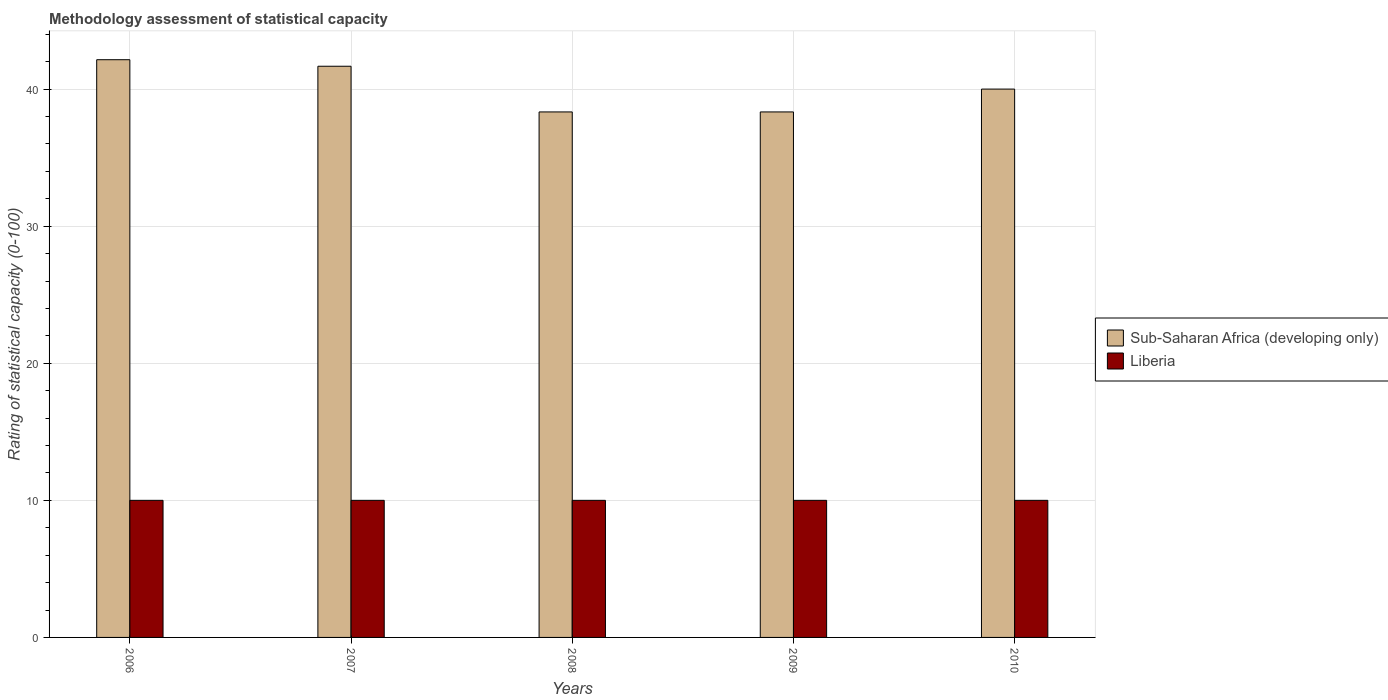
| Years | Sub-Saharan Africa (developing only) | Liberia |
 | --- | --- | --- |
 | 2006 | 42.1 | 10 |
 | 2007 | 41.7 | 10 |
 | 2008 | 38.3 | 10 |
 | 2009 | 38.3 | 10 |
 | 2010 | 40 | 10 |